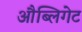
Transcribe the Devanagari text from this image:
औब्लिगेट